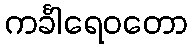
ကင်္ခါရေဝတော